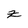
Character: z